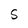
Character: S